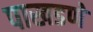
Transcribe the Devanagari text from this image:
पाखडणे